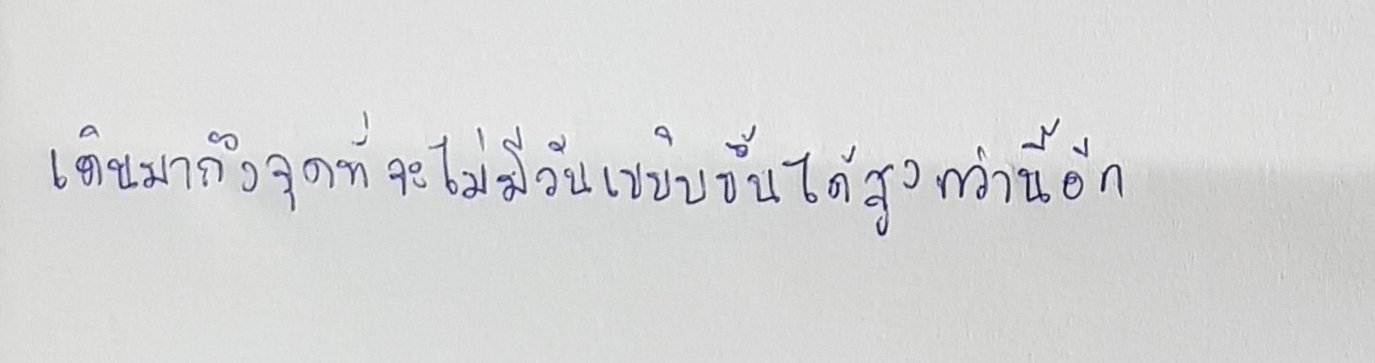
เดินมาถึงจุดที่จะไม่มีวันเขยิบขึ้นได้สูงกว่านี้อีก